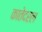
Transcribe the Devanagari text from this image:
कातेदरल